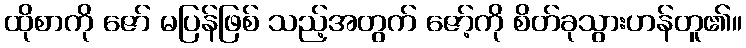
ထိုစာကို ဇော် မပြန်ဖြစ် သည့်အတွက် ဇော့်ကို စိတ်ခုသွားဟန်တူ၏။